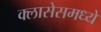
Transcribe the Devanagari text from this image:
क्लासेसमध्ये